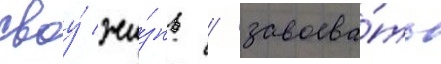
своу́ жи́знь / завоева́ть